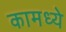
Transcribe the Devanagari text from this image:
कामध्ये